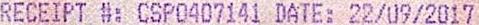
RECEIPT #: CSP0407141 DATE: 22/09/2017